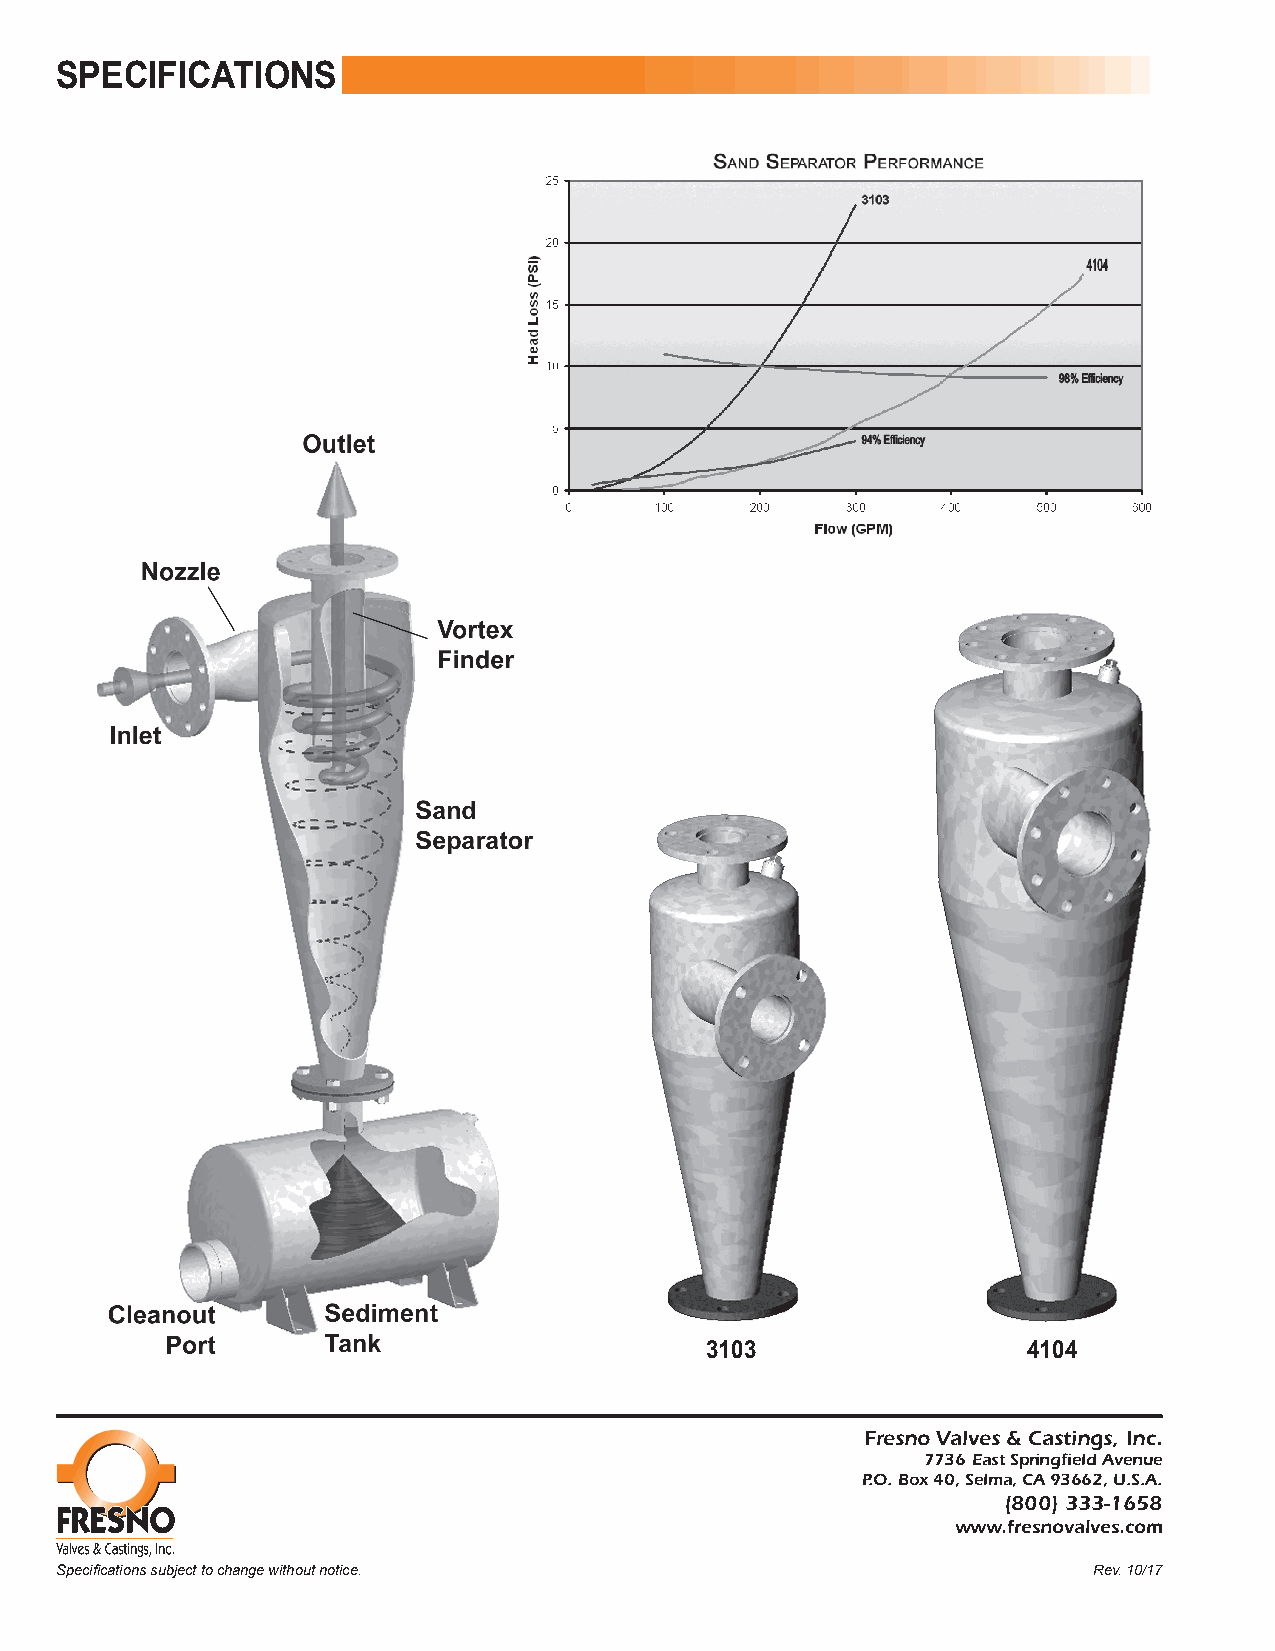
SPECIFICATIONS
 3103                 4104
 Fresno Valves & Castings, Inc.
 7736 East Springfield Avenue
 P.O. Box 40, Selma, CA 93662, U.S.A.
 (800) 333-1658
 www.fresnovalves.com
 Specifications subject to change without notice.                    Rev. 10/17